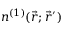
n ^ { ( 1 ) } ( \vec { r } ; \vec { r } ^ { \prime } )